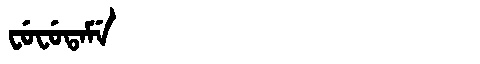
Manchu: ᠸᡠᠸᡠᡨᠠᠮᡝ
Romanization: FUFUTAME